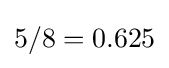
5/8=0.625